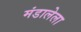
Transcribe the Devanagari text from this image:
मंडालेला